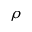
\rho